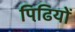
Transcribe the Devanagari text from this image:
पिढि़यों